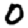
Digit: 0